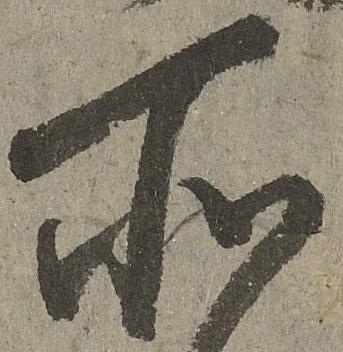
所